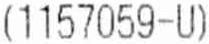
(1157059-U)